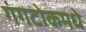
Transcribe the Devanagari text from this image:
गंगटोकमधे